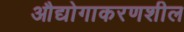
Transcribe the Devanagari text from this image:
औद्योगाकरणशील